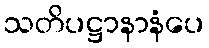
သတိပဋ္ဌာနာနံပေ